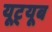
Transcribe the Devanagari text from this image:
यूट़्यूब